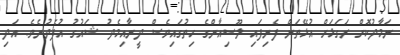
ނަމާދުކޮށް ރަގަޅަށް އުޅޭތަން ފެނިފައި ލޫސިއާންގެ ހިތުގައިވެސް ދީނާއިމެދު ޝައުގު އުފެދުނެވެ. އަދި